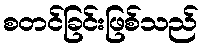
စတင်ခြင်းဖြစ်သည်